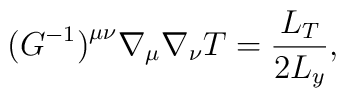
\bigl ( G^{-1} \bigr )  ^{\mu \nu} \nabla _\mu\nabla _\nu T = \frac{L_T}{2 L_y} ,